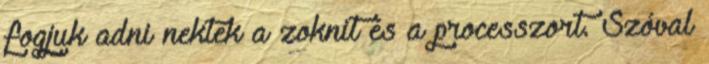
fogjuk adni nektek a zoknit és a processzort. Szóval